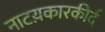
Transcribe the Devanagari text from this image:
नाटय़कारकीर्द